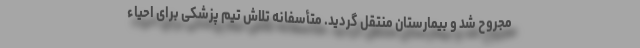
مجروح شد و بیمارستان منتقل گردید. متأسفانه تلاش تیم پزشکی برای احیاء